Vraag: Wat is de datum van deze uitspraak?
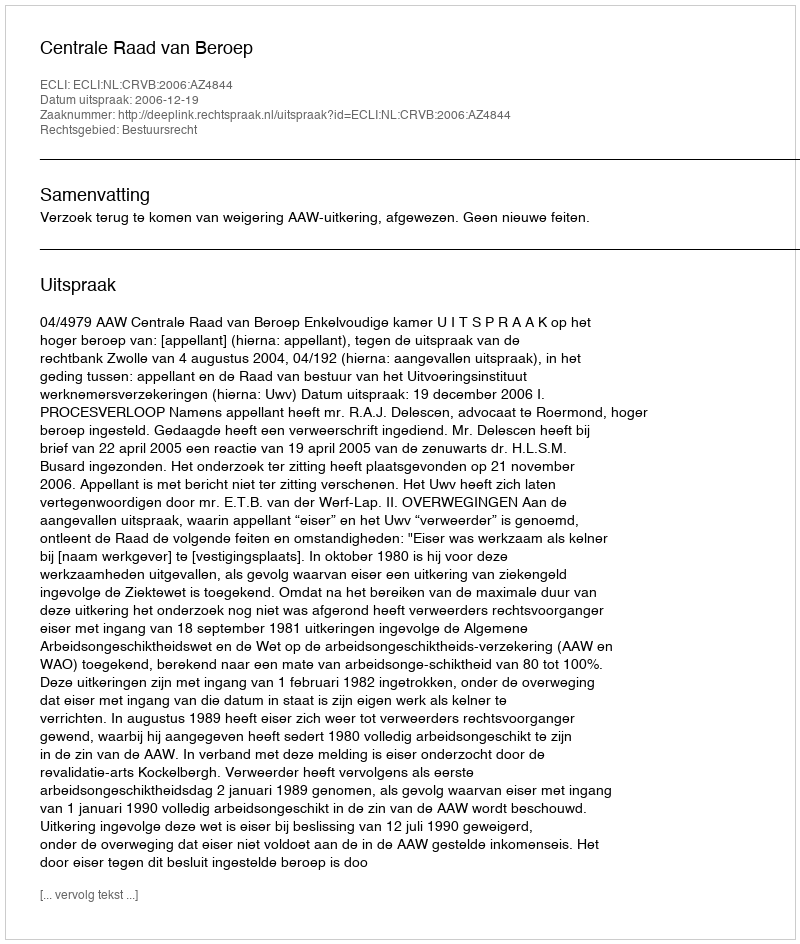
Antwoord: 2006-12-19